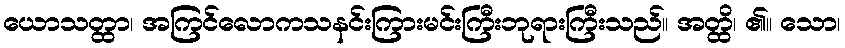
ယောသတ္ထာ၊ အကြင်လောကသနင်းကြားမင်းကြီးဘုရားကြီးသည်။ အတ္ထိ၊ ၏။ သော၊